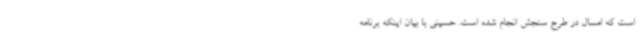
است که امسال در طرح سنجش انجام شده است. حسینی با بیان اینکه برنامه